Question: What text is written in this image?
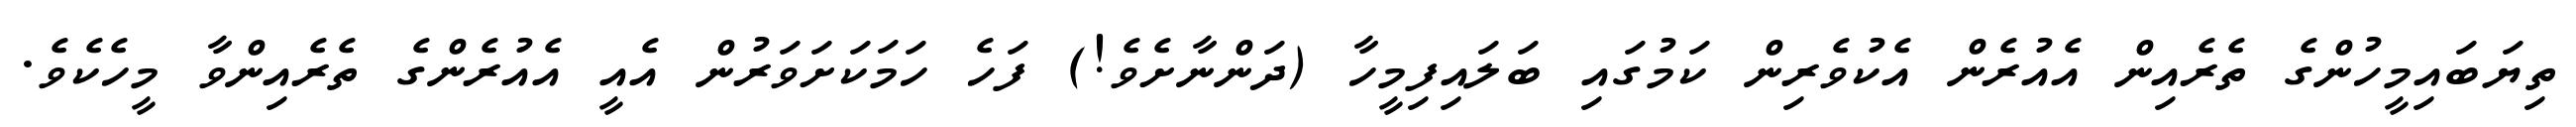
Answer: ތިޔަބައިމީހުންގެ ތެރެއިން އެއުރެން އެކުވެރިން ކަމުގައި ބަލައިފިމީހާ (ދަންނާށެވެ!) ފަހެ ހަމަކަށަވަރުން އެއީ އެއުރެންގެ ތެރެއިންވާ މީހެކެވެ.